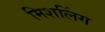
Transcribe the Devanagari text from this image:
मिशलिंग